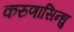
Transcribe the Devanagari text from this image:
करुणासिन्धु